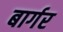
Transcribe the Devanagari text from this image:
बार्गर